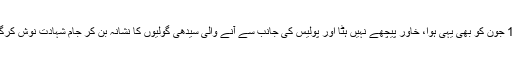
17 جون کو بھی یہی ہوا، خاور پیچھے نہیں ہٹا اور پولیس کی جانب سے آنے والی سیدھی گولیوں کا نشانہ بن کر جامِ شہادت نوش کرگیا۔